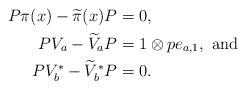
\begin{align*}P\pi(x)-\widetilde{\pi}(x)P&=0, \\PV_{a}-\widetilde{V}_{a} P&= 1 \otimes pe_{a,1}, \textrm{~and} \\PV_{b}^{*}-\widetilde{V}_{b}^{*}P&=0.\end{align*}